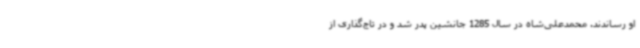
او رساندند. محمدعلی‌شاه در سال 1285 جانشین پدر شد و در تاج‌گذاری از